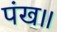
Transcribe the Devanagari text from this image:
पंख॥